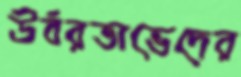
উর্বরতাভেদের